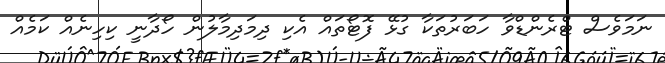
ނަމަވެސް ޓްރެންޑްވާ ހަބަރުތަކާ ގުޅޭ ފޮޓޯތައް އެކި ދިމަދިމާލުން ހޯދާނީ ކިހިނެއް ކަމެއް